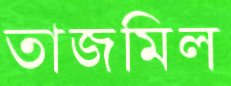
তাজমিল